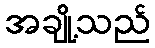
အချို့သည်